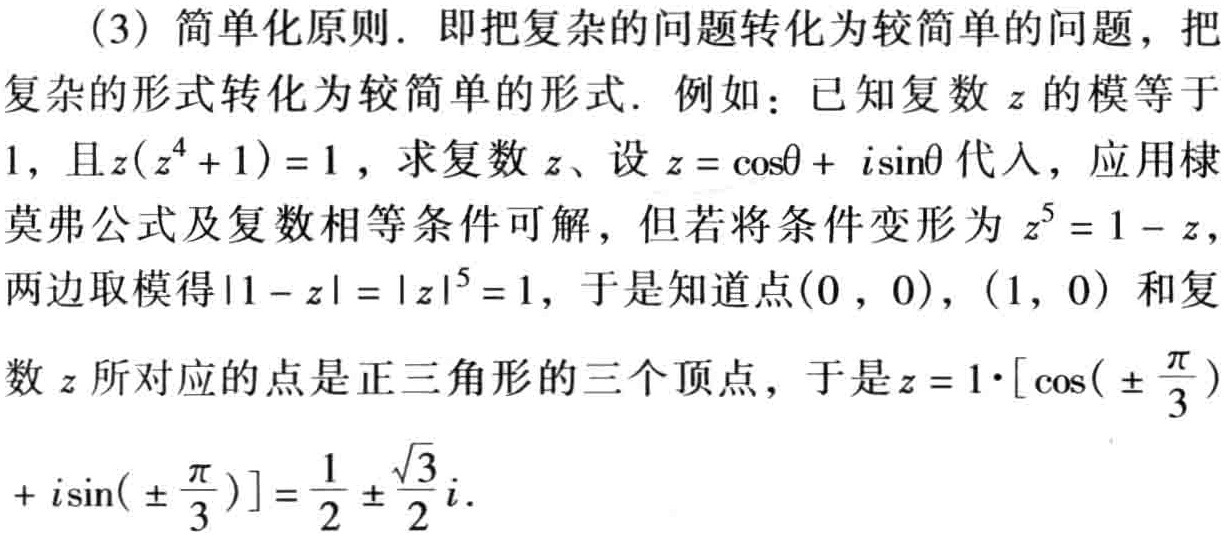
（3）简单化原则．即把复杂的问题转化为较简单的问题，把
复杂的形式转化为较简单的形式．例如：已知复数\(z\)的模等于
\(1\)，且\(z(z^{4}+1)=1\)，求复数\(z\)、设\(z = \cos\theta + i\sin\theta\)代入，应用棣
莫弗公式及复数相等条件可解，但若将条件变形为\(z^{5}=1 - z\)，
两边取模得\(\vert1 - z\vert=\vert z\vert^{5}=1\)，于是知道点\((0,0)\)，\((1,0)\)和复
数\(z\)所对应的点是正三角形的三个顶点，于是\(z = 1\cdot[\cos(\pm\frac{\pi}{3})\)
\(+ i\sin(\pm\frac{\pi}{3})]=\frac{1}{2}\pm\frac{\sqrt{3}}{2}i\)．